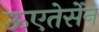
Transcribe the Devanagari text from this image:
ऊएतेर्सेन